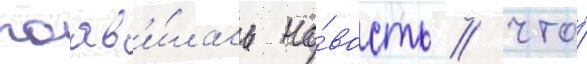
поав'и́лась но́вость / что́